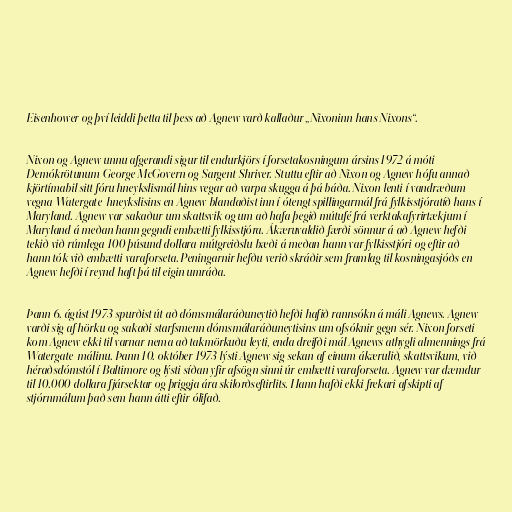
Eisenhower og því leiddi þetta til þess að Agnew varð kallaður „Nixoninn hans Nixons“.

Nixon og Agnew unnu afgerandi sigur til endurkjörs í forsetakosningum ársins 1972 á móti
Demókrötunum George McGovern og Sargent Shriver. Stuttu eftir að Nixon og Agnew hófu annað
kjörtímabil sitt fóru hneykslismál hins vegar að varpa skugga á þá báða. Nixon lenti í vandræðum
vegna Watergate-hneykslisins en Agnew blandaðist inn í ótengt spillingarmál frá fylkisstjóratíð hans í
Maryland. Agnew var sakaður um skattsvik og um að hafa þegið mútufé frá verktakafyrirtækjum í
Maryland á meðan hann gegndi embætti fylkisstjóra. Ákæruvaldið færði sönnur á að Agnew hefði
tekið við rúmlega 100 þúsund dollara mútgreiðslu bæði á meðan hann var fylkisstjóri og eftir að
hann tók við embætti varaforseta. Peningarnir hefðu verið skráðir sem framlag til kosningasjóðs en
Agnew hefði í reynd haft þá til eigin umráða.

Þann 6. ágúst 1973 spurðist út að dómsmálaráðuneytið hefði hafið rannsókn á máli Agnews. Agnew
varði sig af hörku og sakaði starfsmenn dómsmálaráðuneytisins um ofsóknir gegn sér. Nixon forseti
kom Agnew ekki til varnar nema að takmörkuðu leyti, enda dreifði mál Agnews athygli almennings frá
Watergate-málinu. Þann 10. október 1973 lýsti Agnew sig sekan af einum ákærulið, skattsvikum, við
héraðsdómstól í Baltimore og lýsti síðan yfir afsögn sinni úr embætti varaforseta. Agnew var dæmdur
til 10.000 dollara fjársektar og þriggja ára skilorðseftirlits. Hann hafði ekki frekari afskipti af
stjórnmálum það sem hann átti eftir ólifað.